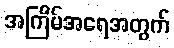
အကြိမ်အရေအတွက်